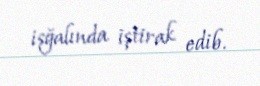
işğalında iştirak edib.